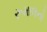
રૂમાલનો